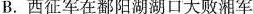
B.西征军在鄱阳湖湖口大败湘军